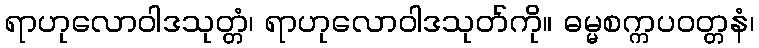
ရာဟုလောဝါဒသုတ္တံ၊ ရာဟုလောဝါဒသုတ်ကို။ ဓမ္မစက္ကပဝတ္တနံ၊